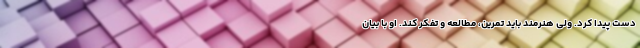
دست پیدا کرد. ولی هنرمند باید تمرین، مطالعه و تفکر کند. او با بیان